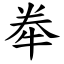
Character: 牶